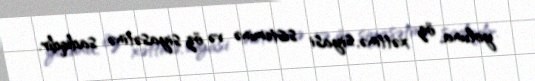
yoluna, öz xəttinə, siyasi sisteminə və öz siyasətinə sadiqdir.